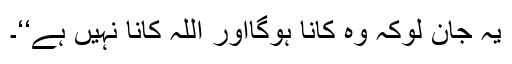
یہ جان لوکہ وہ کانا ہوگااور اللہ کانا نہیں ہے‘‘۔